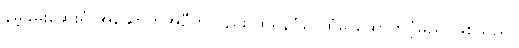
နမ့်ခမ်းဆေးရုံ အဆောက်အဦကိုလည်း ထိုရန်ပုံငွေထံမှ ထောက်ပံ့မည် ဖြစ်သည်။